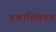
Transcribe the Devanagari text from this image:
प्रकाशितरूप